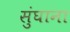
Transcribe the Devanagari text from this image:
सुंघाना